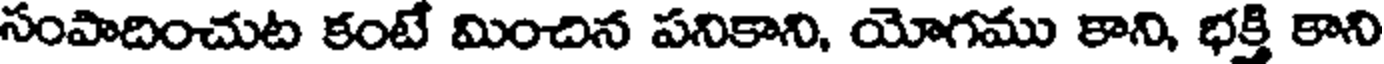
సంపాదించుట కంటే మించిన పనికాని, యోగము కాని, భక్తి కాని